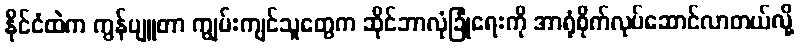
နိုင်ငံထဲက ကွန်ပျူတာ ကျွမ်းကျင်သူတွေက ဆိုင်ဘာလုံခြုံရေးကို အာရုံစိုက်လုပ်ဆောင်လာတယ်လို့